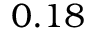
0 . 1 8